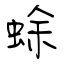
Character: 蜍